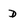
Character: D